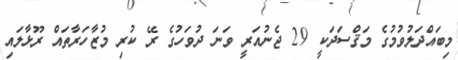
މިބައްދަލުވުމުގެ މަޤްސަދަކީ 29 ޖެނުއަރީ ވަނަ ދުވަހުގެ ރޭ ކުރި މުޒާހަރާތައް ރޫޅާލައި